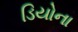
ડિયોના